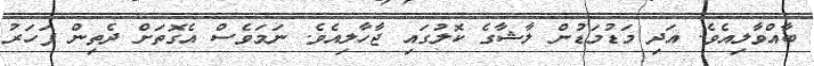
ބާއްވާލިއެވެ. އަދި މަޑުމަޑުން ލާޝާގެ ކޮލުގައި ޖާހާލިއެވެ. ނަމަވެސް އެގޮތަށް ދެތިން ފަހަރު